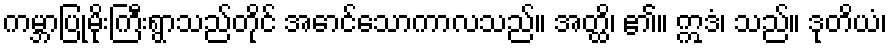
ကမ္ဘာပြုမိုးကြီးရွာသည်တိုင် အောင်သောကာလသည်။ အတ္ထိ၊ ၏။ ဣဒံ၊ သည်။ ဒုတိယံ၊